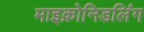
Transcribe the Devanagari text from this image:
माइक्रोनिडलिंग